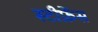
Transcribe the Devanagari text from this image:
स्टीफ़ेंस